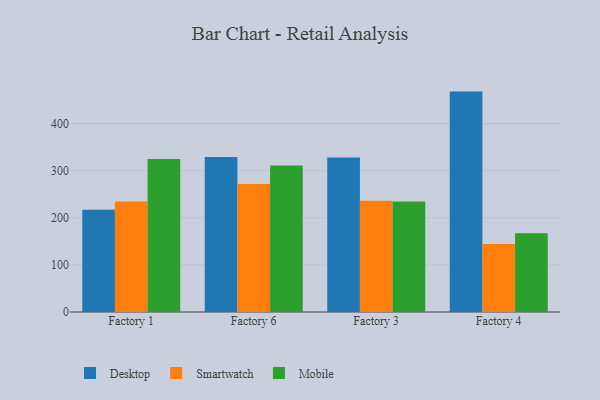
{"axis": {"x": "Factory", "y": "Demand Index"}, "legend": ["Desktop", "Mobile", "Smartwatch"], "data": [{"x": "Factory 1", "y": 217.0, "type": "Desktop"}, {"x": "Factory 1", "y": 234.7, "type": "Smartwatch"}, {"x": "Factory 1", "y": 324.9, "type": "Mobile"}, {"x": "Factory 6", "y": 329.3, "type": "Desktop"}, {"x": "Factory 6", "y": 272.0, "type": "Smartwatch"}, {"x": "Factory 6", "y": 310.9, "type": "Mobile"}, {"x": "Factory 3", "y": 328.1, "type": "Desktop"}, {"x": "Factory 3", "y": 236.4, "type": "Smartwatch"}, {"x": "Factory 3", "y": 234.6, "type": "Mobile"}, {"x": "Factory 4", "y": 467.9, "type": "Desktop"}, {"x": "Factory 4", "y": 144.6, "type": "Smartwatch"}, {"x": "Factory 4", "y": 167.1, "type": "Mobile"}]}